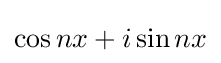
\cos nx+i\sin nx